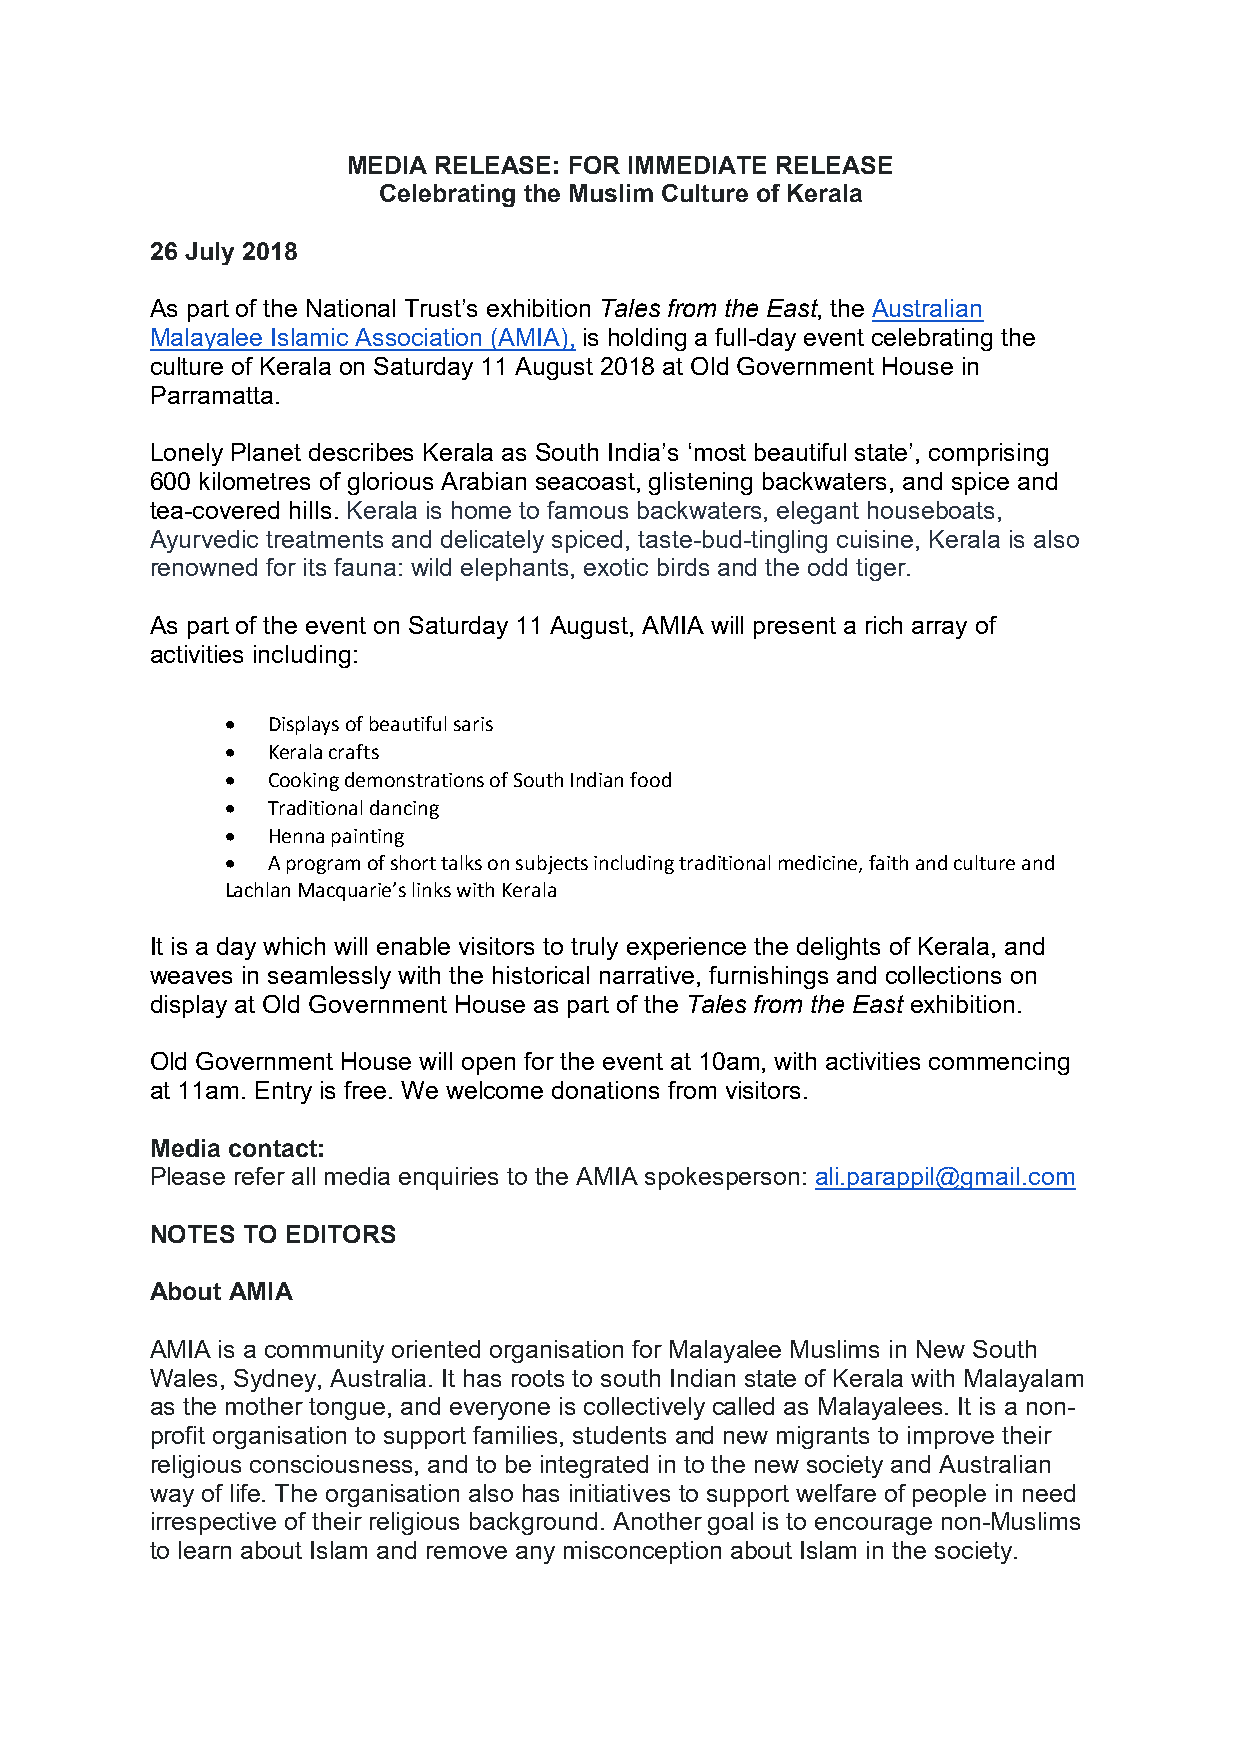
MEDIA RELEASE: FOR IMMEDIATE RELEASE
 Celebrating the Muslim Culture of Kerala
 26 July 2018
 As part of the National Trust’s exhibition Tales from the East, the Australian
 Malayalee Islamic Association (AMIA), is holding a full-day event celebrating the
 culture of Kerala on Saturday 11 August 2018 at Old Government House in
 Parramatta.
 Lonely Planet describes Kerala as South India’s ‘most beautiful state’, comprising
 600 kilometres of glorious Arabian seacoast, glistening backwaters, and spice and
 tea-covered hills. Kerala is home to famous backwaters, elegant houseboats,
 Ayurvedic treatments and delicately spiced, taste-bud-tingling cuisine, Kerala is also
 renowned for its fauna: wild elephants, exotic birds and the odd tiger.
 As part of the event on Saturday 11 August, AMIA will present a rich array of
 activities including:
   Displays of beautiful saris
   Kerala crafts
   Cooking demonstrations of South Indian food
   Traditional dancing
   Henna painting
   A program of short talks on subjects including traditional medicine, faith and culture and
 Lachlan Macquarie’s links with Kerala
 It is a day which will enable visitors to truly experience the delights of Kerala, and
 weaves in seamlessly with the historical narrative, furnishings and collections on
 display at Old Government House as part of the Tales from the East exhibition.
 Old Government House will open for the event at 10am, with activities commencing
 at 11am. Entry is free. We welcome donations from visitors.
 Media contact:
 Please refer all media enquiries to the AMIA spokesperson: ali.parappil@gmail.com
 NOTES TO EDITORS
 About AMIA
 AMIA is a community oriented organisation for Malayalee Muslims in New South
 Wales, Sydney, Australia. It has roots to south Indian state of Kerala with Malayalam
 as the mother tongue, and everyone is collectively called as Malayalees. It is a non-
 profit organisation to support families, students and new migrants to improve their
 religious consciousness, and to be integrated in to the new society and Australian
 way of life. The organisation also has initiatives to support welfare of people in need
 irrespective of their religious background. Another goal is to encourage non-Muslims
 to learn about Islam and remove any misconception about Islam in the society.